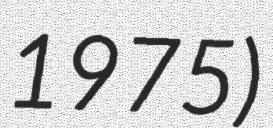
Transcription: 1975)